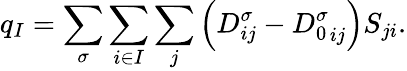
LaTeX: q_{I}=\sum_{\sigma}\sum_{i\in I}\sum_{j}\left(D_{ij}^{\sigma}-{D_{0}^{\sigma}}_{ij}\right)S_{ji}.